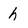
Character: h